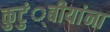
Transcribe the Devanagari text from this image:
कुटुं्बीयांना